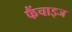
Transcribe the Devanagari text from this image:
फैंचाइज